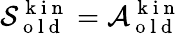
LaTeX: \mathcal{S}_{\mathrm{~o~l~d~}}^{\mathrm{~k~i~n~}}=\mathcal{A}_{\mathrm{~o~l~d~}}^{\mathrm{~k~i~n~}}